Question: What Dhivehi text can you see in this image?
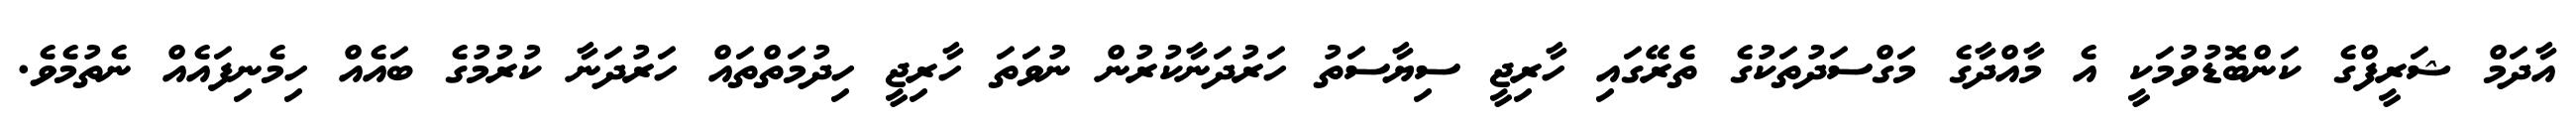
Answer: އާދަމް ޝަރީފްގެ ކަންބޮޑުވުމަކީ އެ މާއްދާގެ މަގްސަދުތަކުގެ ތެރޭގައި ހާރިޖީ ސިޔާސަތު ހަރުދަނާކުރުން ނުވަތަ ހާރިޖީ ހިދުމަތްތައް ހަރުދަނާ ކުރުމުގެ ބައެއް ހިމެނިފައެއް ނެތުމެވެ.